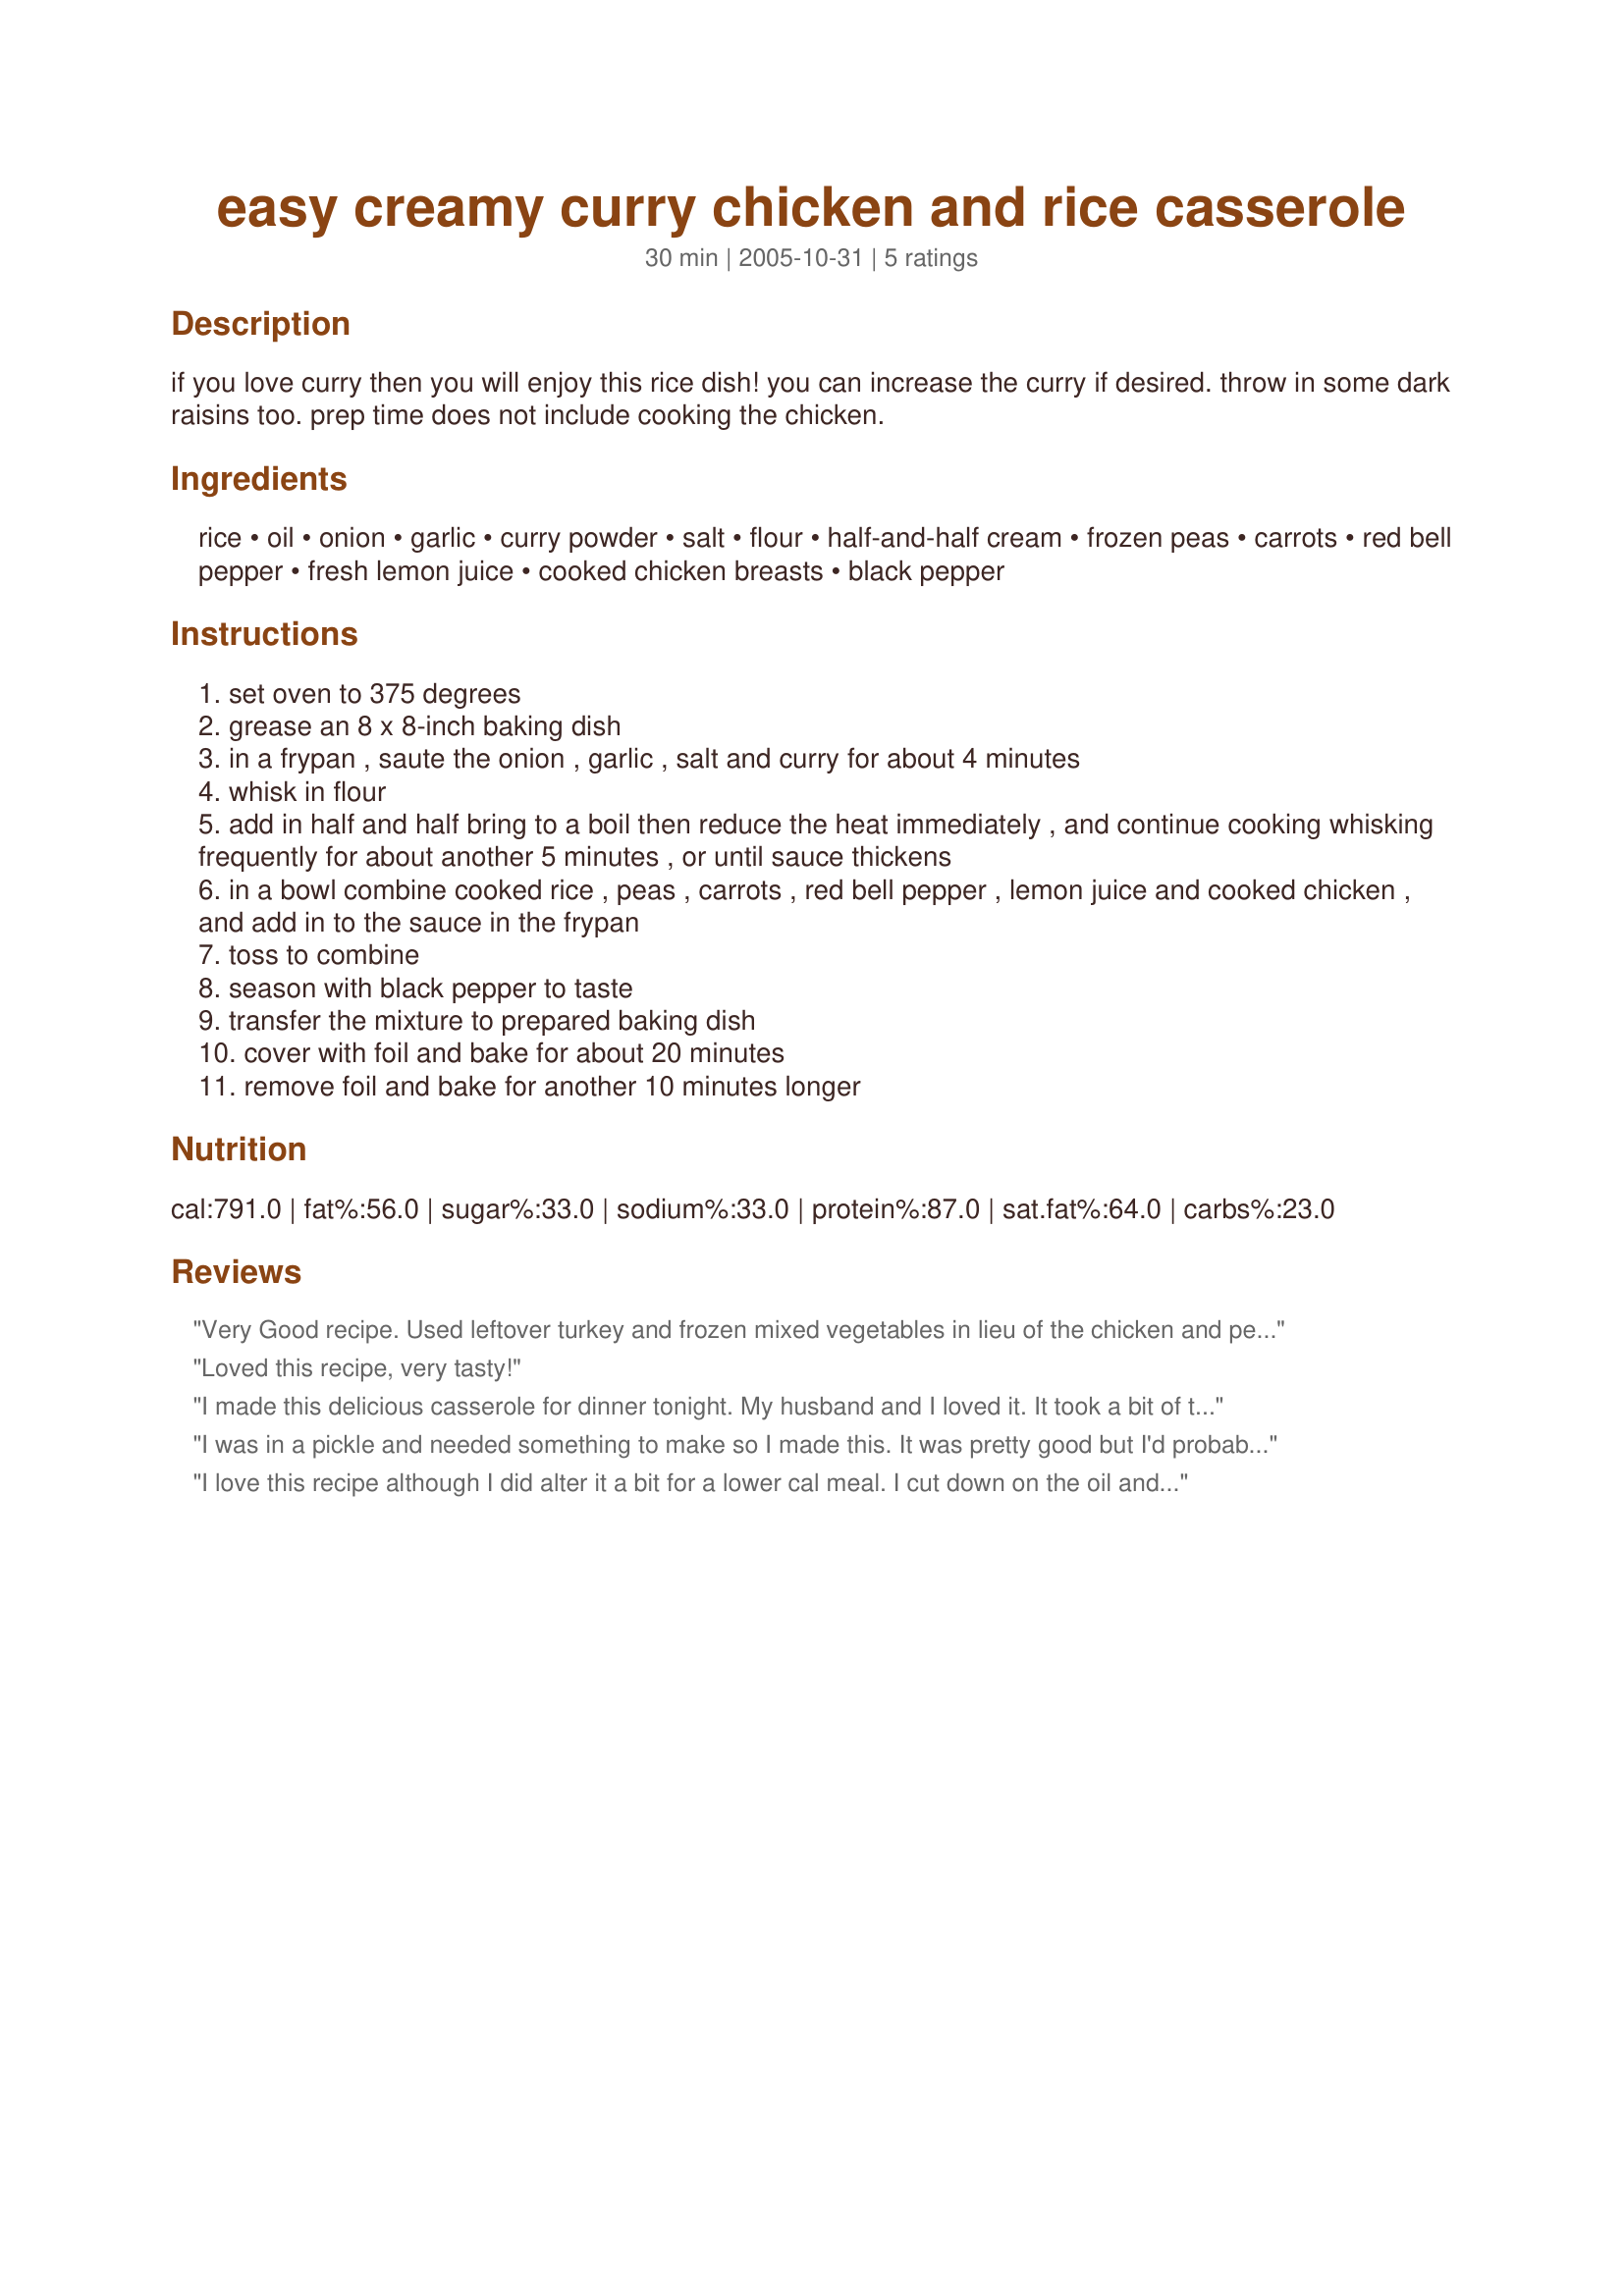
easy creamy curry chicken and rice casserole
Preparation time: 30 minutes

if you love curry then you will enjoy this rice dish! you can increase the curry if desired. throw in some dark raisins too. prep time does not include cooking the chicken.

Ingredients:
rice, oil, onion, garlic, curry powder, salt, flour, half-and-half cream, frozen peas, carrots, red bell pepper, fresh lemon juice, cooked chicken breasts, black pepper

Steps:
set oven to 375 degrees
grease an 8 x 8-inch baking dish
in a frypan , saute the onion , garlic , salt and curry for about 4 minutes
whisk in flour
add in half and half bring to a boil then reduce the heat immediately , and continue cooking whisking frequently for about another 5 minutes , or until sauce thickens
in a bowl combine cooked rice , peas , carrots , red bell pepper , lemon juice and cooked chicken , and add in to the sauce in the frypan
toss to combine
season with black pepper to taste
transfer the mixture to prepared baking dish
cover with foil and bake for about 20 minutes
remove foil and bake for another 10 minutes longer

Reviews:
Very Good recipe. Used leftover turkey and frozen mixed vegetables in lieu of the chicken and peas/carrots/red pepper. Also used mild curry paste insetead of curry powder. Easy to make ahead and bake the next day. Served with marinated tomatoes.
Loved this recipe, very tasty!
I made this delicious casserole for dinner tonight. My husband and I loved it. It took a bit of time cutting up but other than that, it was an easy recipe. Clear instructions and ingredients that are often on-hand. The changes I made were: frozen beans instead of peas, added more curry than the recipe called for and I used slightly watered down coffee cream since I didn't have half-and-half. I served creamed sweet potatoes on the side and extra rice in case anyone wanted to "tone" down the curry. Loved by all (even my 7 month-old had a taste)!
I was in a pickle and needed something to make so I made this. It was pretty good but I'd probably make a few changes. I think it was baked too much and I'd probably add some potatoes and pour the mix over the rice rather than cook together but it was still really good. I'm glad I made it.
I love this recipe although I did alter it a bit for a lower cal meal. I cut down on the oil and substituted fat free condensed milk for the cream.. Again I loved this recipe!!!
